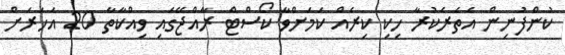
ކުންފުނިން އެތެރެކުރާ ހިކި ކިރެއް ކަމަށްވާ ކޯސްޓް ރާއްޖޭގައި ވިއްކާތާ 20 އަހަރަށް